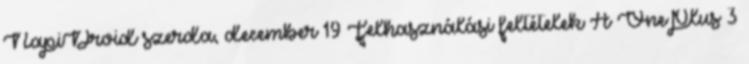
NapiDroid szerda, december 19 Felhasználási feltételek A OnePlus 3